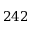
2 4 2